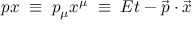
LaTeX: p x \; \equiv \; p _ { \mu } x ^ { \mu } \; \equiv \; E t - { \vec { p } } \cdot { \vec { x } }